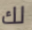
لك